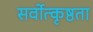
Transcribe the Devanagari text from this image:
सर्वोत्कृष्ठता